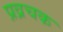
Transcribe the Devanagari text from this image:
प्रव्रचक